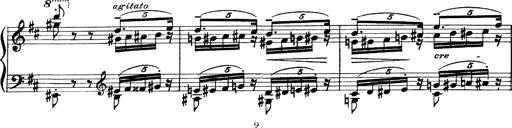
Title: Scherzo und Marsch
Composer: Franz Liszt